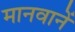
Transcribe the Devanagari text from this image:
मानवानें